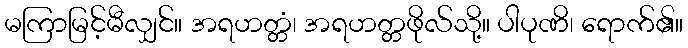
မကြာမြင့်မီလျှင်။ အရဟတ္တံ၊ အရဟတ္တဖိုလ်သို့။ ပါပုဏိ၊ ရောက်၏။